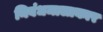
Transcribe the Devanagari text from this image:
निबंधमालाकार